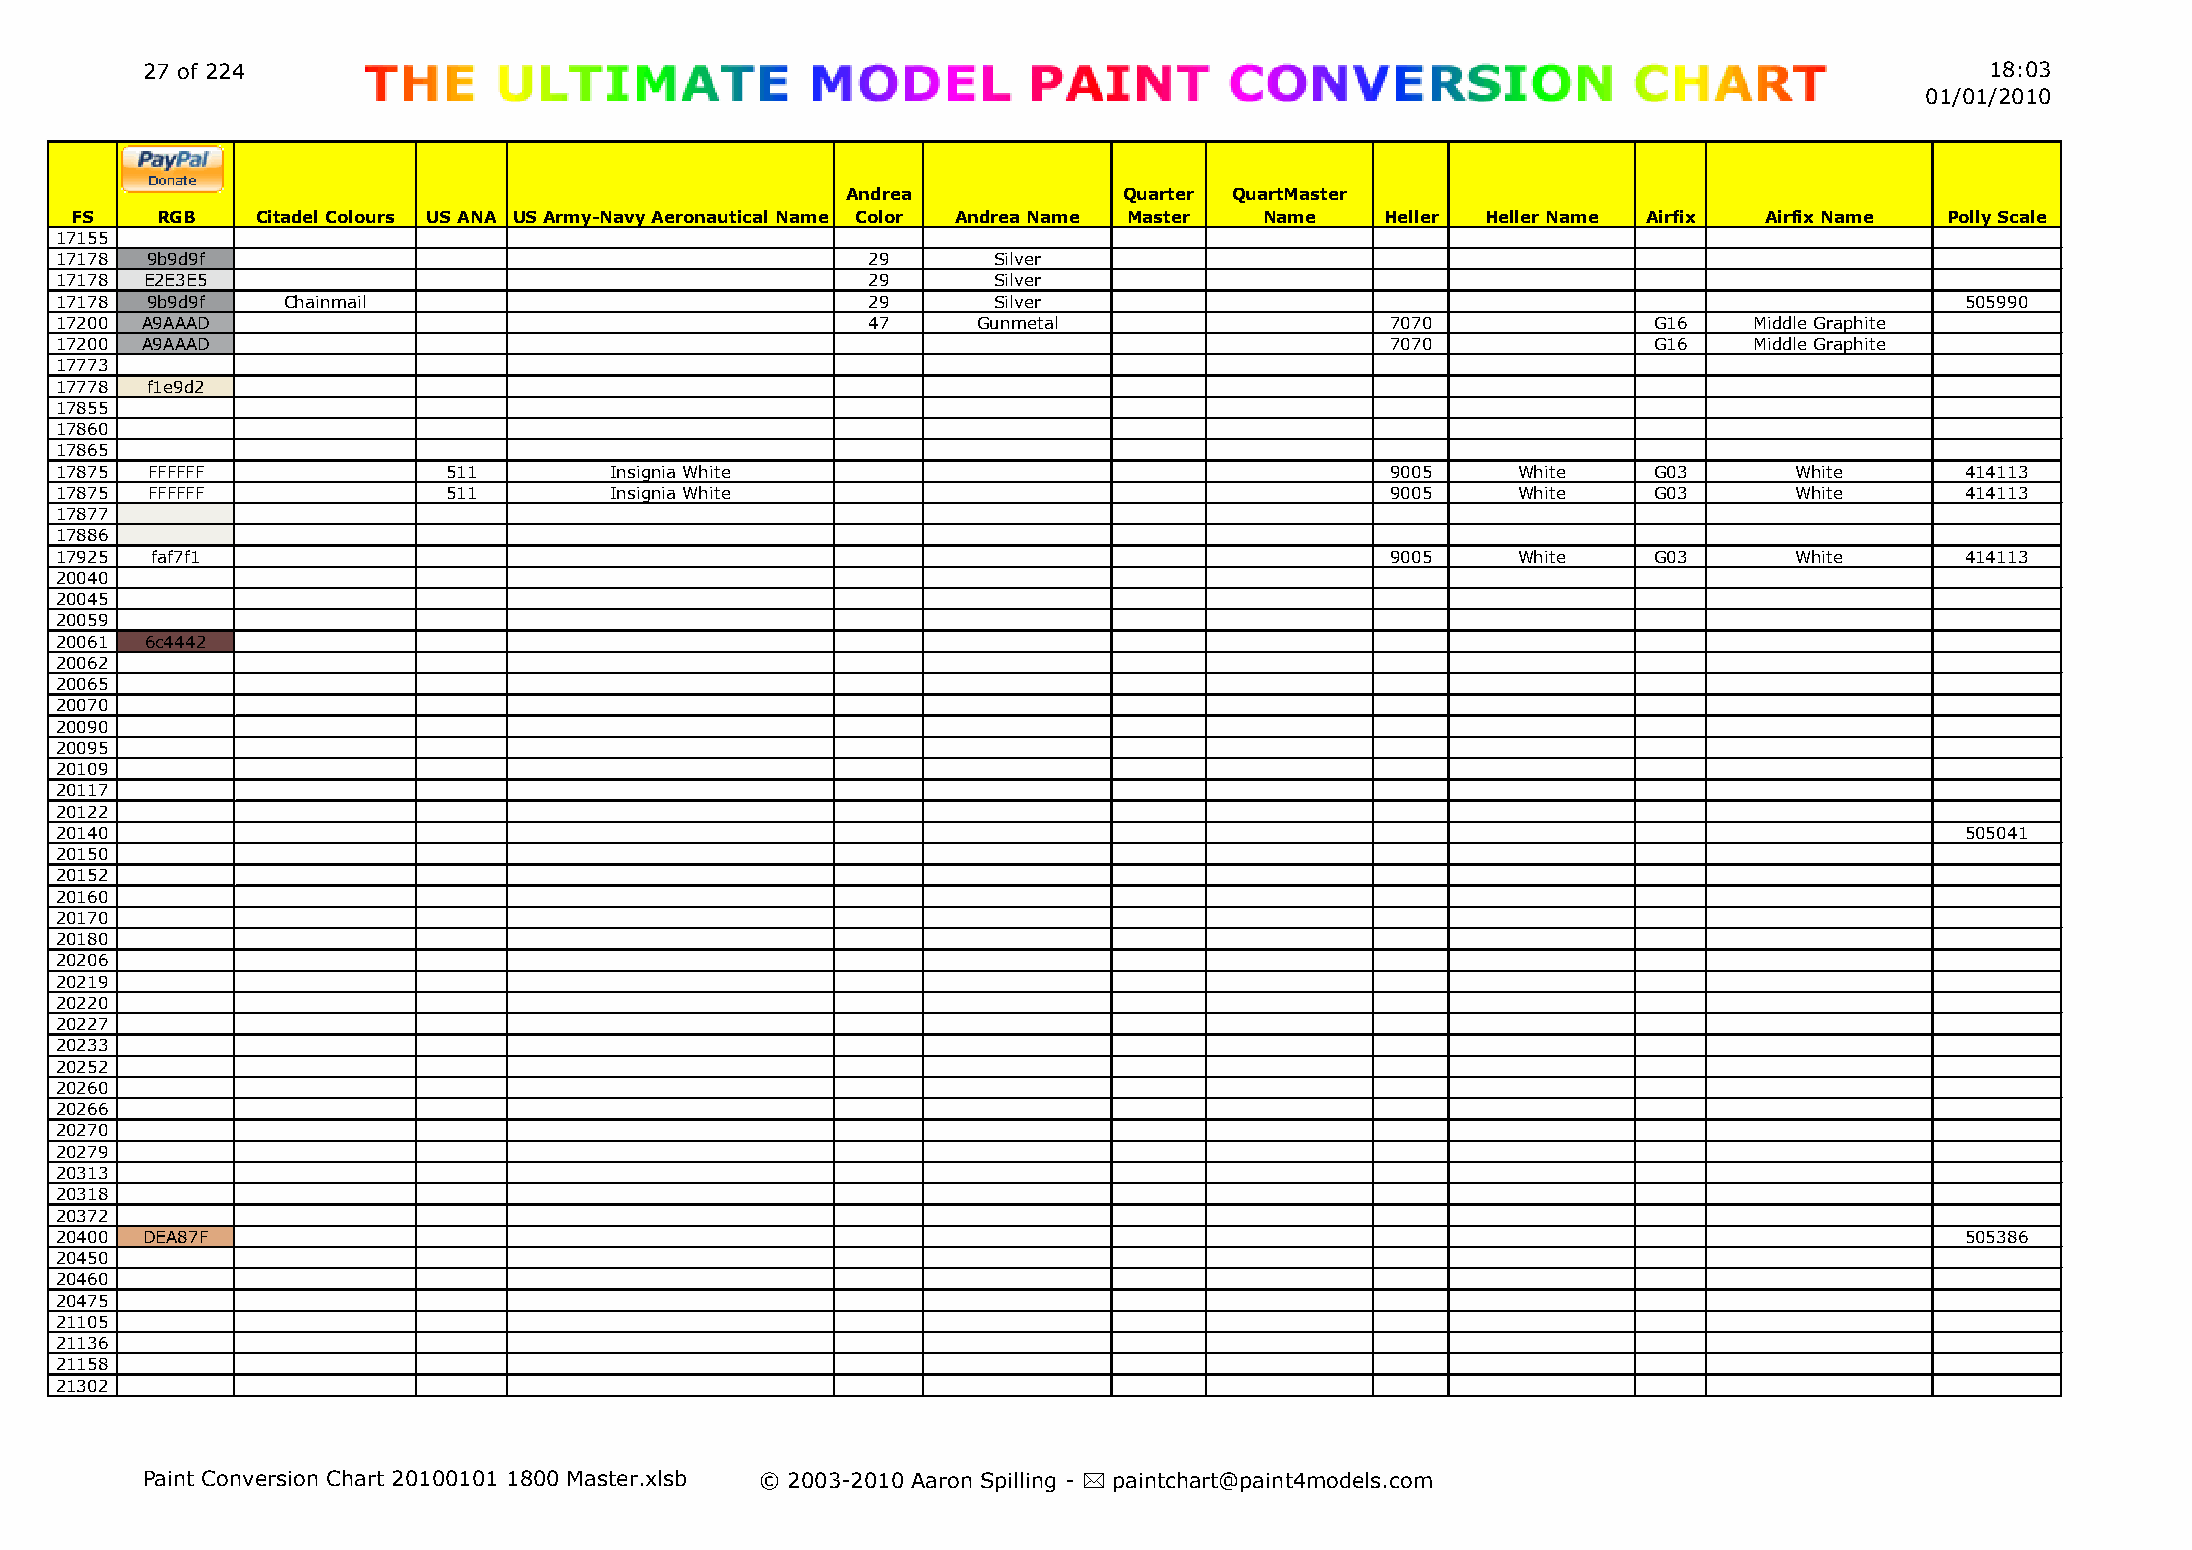
27 of 224                                                                                                                  18:03
 01/01/2010
 Andrea            Quarter QuartMaster
 FS   RGB    Citadel Colours US ANA US Army-Navy Aeronautical Name Color Andrea Name Master Name Heller Heller Name Airfix Airfix Name Polly Scale
 17155
 17178 9b9d9f                                         29       Silver
 17178 E2E3E5                                         29       Silver
 17178 9b9d9f   Chainmail                             29       Silver                                                          505990
 17200 A9AAAD                                         47      Gunmetal                   7070             G16    Middle Graphite
 17200 A9AAAD                                                                            7070             G16    Middle Graphite
 17773
 17778 f1e9d2
 17855
 17860
 17865
 17875 FFFFFF              511       Insignia White                                      9005     White   G03       White      414113
 17875 FFFFFF              511       Insignia White                                      9005     White   G03       White      414113
 17877
 17886
 17925 faf7f1                                                                            9005     White   G03       White      414113
 20040
 20045
 20059
 20061 6c4442
 20062
 20065
 20070
 20090
 20095
 20109
 20117
 20122
 20140                                                                                                                         505041
 20150
 20152
 20160
 20170
 20180
 20206
 20219
 20220
 20227
 20233
 20252
 20260
 20266
 20270
 20279
 20313
 20318
 20372
 20400 DEA87F                                                                                                                  505386
 20450
 20460
 20475
 21105
 21136
 21158
 21302
 Paint Conversion Chart 20100101 1800 Master.xlsb © 2003-2010 Aaron Spilling - * paintchart@paint4models.com